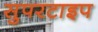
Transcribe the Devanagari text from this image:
सुपरटाइप